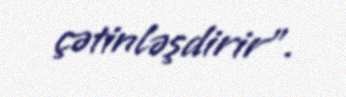
çətinləşdirir”.